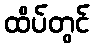
ထိပ်တွင်